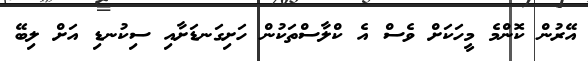
އޭރުން ކޮންމެ މީހަކަށް ވެސް އެ ކްލާސްތަކުން ހަށިގަނޑަށާއި ސިކުނޑި އަށް ލިބޭ